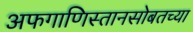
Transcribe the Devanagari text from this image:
अफगाणिस्तानसोबतच्या